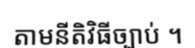
តាមនីតិវិធីច្បាប់ ។